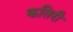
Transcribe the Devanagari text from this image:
कतिरी